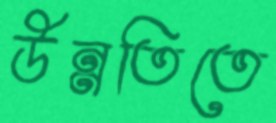
উন্নতিতে